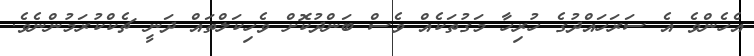
އެހެންވެ އެ ސަރަހައްދުގެ ހުރިހާ މަގުތަކެއް ވެސް ބަންދުކޮށް ވެހިކަލްތައް ދަނީ ޗެކްކުރަމުންނެވެ.